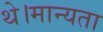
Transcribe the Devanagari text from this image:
थे।मान्यता